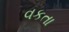
વકતા